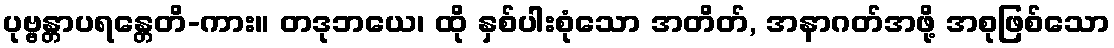
ပုဗ္ဗန္တာပရန္တေတိ-ကား။ တဒုဘယေ၊ ထို နှစ်ပါးစုံသော အတိတ်, အနာဂတ်အဖို့ အစုဖြစ်သော